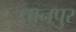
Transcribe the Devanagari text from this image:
धानपुर